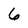
Character: 6